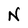
Character: N